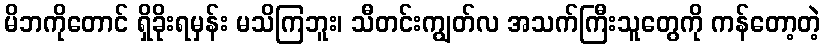
မိဘကိုတောင် ရှိခိုးရမှန်း မသိကြဘူး၊ သီတင်းကျွတ်လ အသက်ကြီးသူတွေကို ကန်တော့တဲ့